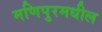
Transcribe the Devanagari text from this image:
मणिपुरमधील